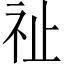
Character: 祉